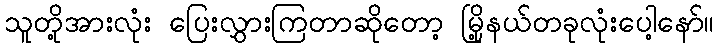
သူတို့အားလုံး ပြေးလွှားကြတာဆိုတော့ မြို့နယ်တခုလုံးပေါ့နော်။